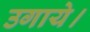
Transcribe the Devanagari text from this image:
उगाये।